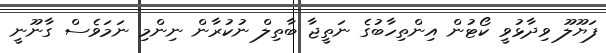
ފަޔޫލޫ ވިދާޅުވީ ކޯޓުން އިންތިހާބުގެ ނަތީޖާ ބާތިލް ނުކުރާން ނިންމި ނަމަވެސް ގާނޫނީ